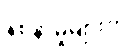
နစ်နာမှုများကို